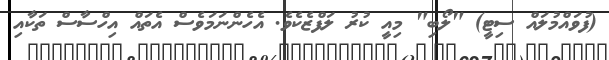
(ފުވައްމުލައް ސިޓީ) "ލޯބި" މިއީ ކުރު ލަފްޒެކެވެ. އެހެންނަމަވެސް އެތައް އިހްސާސް ތަކާއި